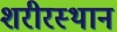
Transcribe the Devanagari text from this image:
शरीरस्थान